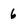
Character: 6